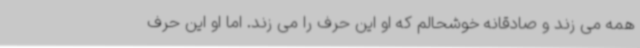
همه می زند و صادقانه خوشحالم که او این حرف را می زند. اما او این حرف